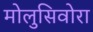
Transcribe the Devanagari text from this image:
मोलुसिवोरा